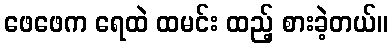
ဖေဖေက ရေထဲ ထမင်း ထည့် စားခဲ့တယ်။